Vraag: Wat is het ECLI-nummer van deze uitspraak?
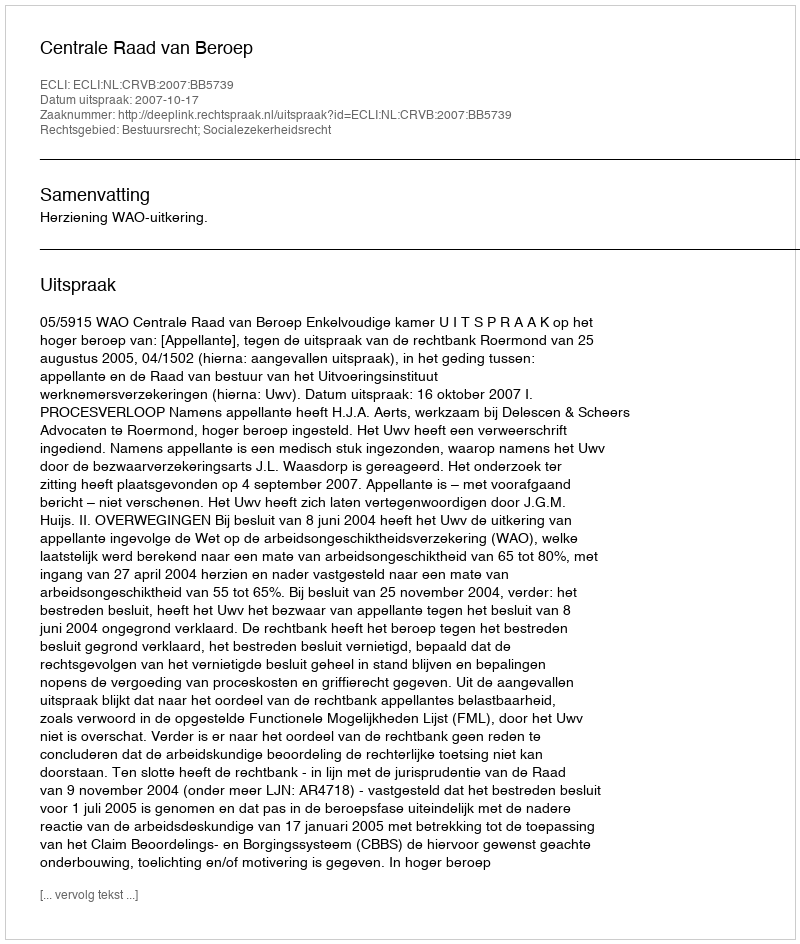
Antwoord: ECLI:NL:CRVB:2007:BB5739